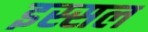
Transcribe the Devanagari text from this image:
इस्सल